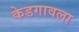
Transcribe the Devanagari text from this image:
केडगावला